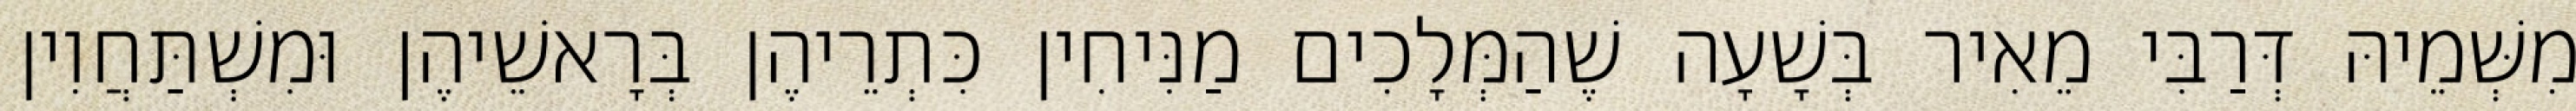
מִשְּׁמֵיהּ דְּרַבִּי מֵאִיר בְּשָׁעָה שֶׁהַמְּלָכִים מַנִּיחִין כִּתְרֵיהֶן בְּרָאשֵׁיהֶן וּמִשְׁתַּחֲוִין